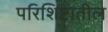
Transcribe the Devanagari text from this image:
परिशिष्टातील